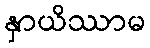
နှာယိဿာမ